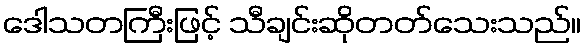
ဒေါသတကြီးဖြင့် သီချင်းဆိုတတ်သေးသည်။